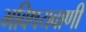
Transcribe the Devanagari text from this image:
भविषयवाणी